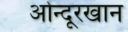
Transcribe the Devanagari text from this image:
ओन्दूरखान